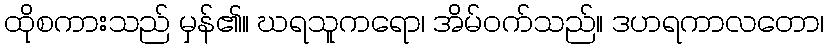
ထိုစကားသည် မှန်၏။ ဃရသူကရော၊ အိမ်ဝက်သည်။ ဒဟရကာလတော၊